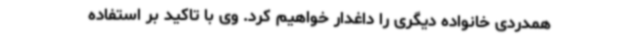
همدردی خانواده دیگری را داغدار خواهیم کرد. وی با تاکید بر استفاده